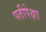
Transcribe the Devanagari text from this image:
पतीपेक्षा